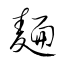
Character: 麵